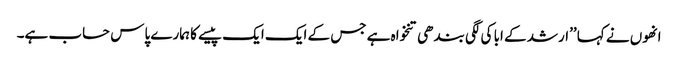
انھوں نے کہا ’’ارشد کے ابا کی لگی بندھی تنخواہ ہے جس کے ایک ایک پیسے کا ہمارے پاس حساب ہے۔